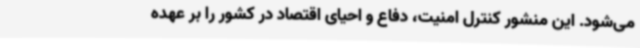
می‌شود. این منشور کنترل امنیت، دفاع و احیای اقتصاد در کشور را بر عهده